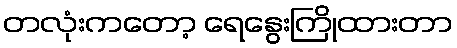
တလုံးကတော့ ရေနွေးကြိုထားတာ